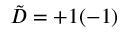
\tilde { \cal D } = + 1 ( - 1 )